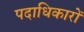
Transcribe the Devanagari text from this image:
पदाधिकारों